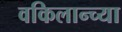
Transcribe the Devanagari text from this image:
वकिलान्च्या